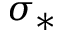
\sigma _ { * }